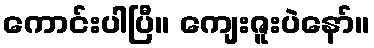
ကောင်းပါပြီ။ ကျေးဇူးပဲနော်။